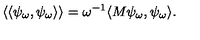
\langle \langle \psi _ { \omega } , \psi _ { \omega } \rangle \rangle = \omega ^ { - 1 } \langle M \psi _ { \omega } , \psi _ { \omega } \rangle .